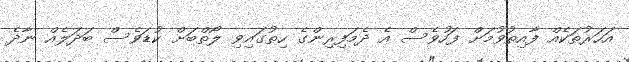
އަހަރުތަކެއް ފާއިތުވުމަށް ފަހުވެސް އެ ދެމަފިރިންގެ ހިތުގައިވި ލޯތްބަށް ކުޑަވެސް ބަދަލެއް ނާދެ